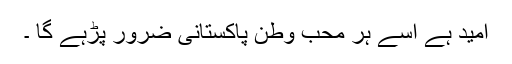
امید ہے اسے ہر محب وطن پاکستانی ضرور پڑہے گا ۔